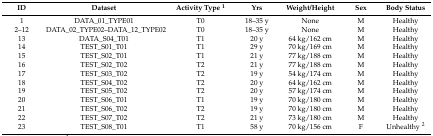
<table><thead><tr><td><b>ID</b></td><td><b>Dataset</b></td><td><b>Activity Type <sup>1</sup></b></td><td><b>Yrs</b></td><td><b>Weight/Height</b></td><td><b>Sex</b></td><td><b>Body Status</b></td></tr></thead><tbody><tr><td>1</td><td>DATA_01_TYPE01</td><td>T0</td><td>18–35 y</td><td>None</td><td>M</td><td>Healthy</td></tr><tr><td>2–12</td><td>DATA_02_TYPE02–DATA_12_TYPE02</td><td>T0</td><td>18–35 y</td><td>None</td><td>M</td><td>Healthy</td></tr><tr><td>13</td><td>DATA_S04_T01</td><td>T1</td><td>20 y</td><td>64 kg/162 cm</td><td>M</td><td>Healthy</td></tr><tr><td>14</td><td>TEST_S01_T01</td><td>T1</td><td>29 y</td><td>70 kg/169 cm</td><td>M</td><td>Healthy</td></tr><tr><td>15</td><td>TEST_S02_T01</td><td>T1</td><td>21 y</td><td>77 kg/188 cm</td><td>M</td><td>Healthy</td></tr><tr><td>16</td><td>TEST_S02_T02</td><td>T2</td><td>21 y</td><td>77 kg/188 cm</td><td>M</td><td>Healthy</td></tr><tr><td>17</td><td>TEST_S03_T02</td><td>T2</td><td>19 y</td><td>54 kg/174 cm</td><td>M</td><td>Healthy</td></tr><tr><td>18</td><td>TEST_S04_T02</td><td>T2</td><td>20 y</td><td>64 kg/162 cm</td><td>M</td><td>Healthy</td></tr><tr><td>19</td><td>TEST_S05_T02</td><td>T2</td><td>20 y</td><td>57 kg/174 cm</td><td>M</td><td>Healthy</td></tr><tr><td>20</td><td>TEST_S06_T01</td><td>T1</td><td>19 y</td><td>70 kg/180 cm</td><td>M</td><td>Healthy</td></tr><tr><td>21</td><td>TEST_S06_T02</td><td>T2</td><td>19 y</td><td>70 kg/180 cm</td><td>M</td><td>Healthy</td></tr><tr><td>22</td><td>TEST_S07_T02</td><td>T2</td><td>21 y</td><td>73 kg/180 cm</td><td>M</td><td>Healthy</td></tr><tr><td>23</td><td>TEST_S08_T01</td><td>T1</td><td>58 y</td><td>70 kg/156 cm</td><td>F</td><td>Unhealthy <sup>2</sup></td></tr></tbody></table>